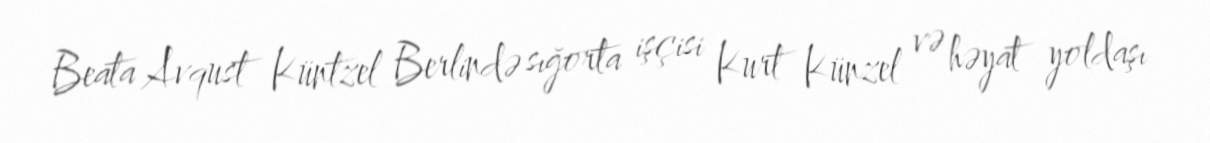
Beata Avqust Küntzel Berlində sığorta işçisi Kurt Künzel və həyat yoldaşı